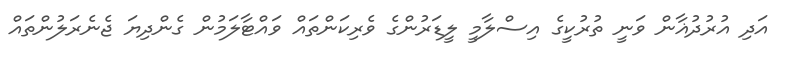
އަދި އުރުދުޣާން ވަނީ ތުރުކީގެ އިސްލާމީ ލީޑަރުންގެ ވެރިކަންތައް ވައްޓާލަމުން ގެންދިޔަ ޖެނެރަލުންތައް